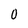
Character: 0